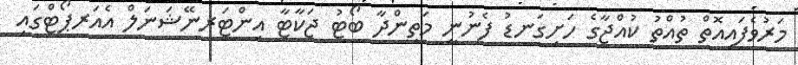
މަރުވެފައިއޮތް ތުއްތު ކުއްޖާގެ ހަށިގަނޑު ފެނުނީ މަތިންދާ ބޯޓު ޖަކާޓާ އިންޓަރނޭޝަނަލް އެއަރޕޯޓްގައި